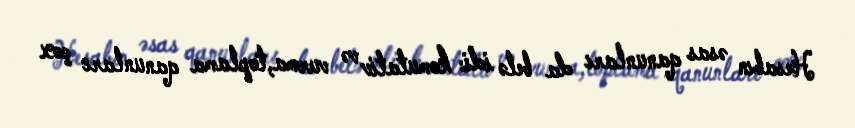
Hesabın əsas qanunları da belə idi: komutativ və vurma,toplama qanunları çox